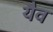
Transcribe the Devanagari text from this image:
यैव